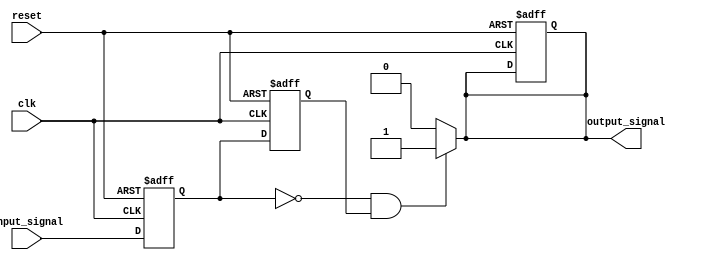
module falling_edge_detector (
    input wire clk,                // Clock signal
    input wire reset,              // Reset signal
    input wire input_signal,       // Input signal to detect falling edge
    output reg output_signal       // Output signal indicating falling edge
);

    // Internal signals for storing current and previous states
    reg current_state;             // FF1 output
    reg previous_state;            // FF2 output

    // Sequential logic to sample the input signal on the rising edge of the clock
    always @(posedge clk or posedge reset) begin
        if (reset) begin
            current_state <= 1'b0;  // Initialize current state
            previous_state <= 1'b0; // Initialize previous state
            output_signal <= 1'b0;   // Initialize output signal
        end else begin
            // Update previous state to current state
            previous_state <= current_state;
            // Sample the input signal
            current_state <= input_signal;
        end
    end

    // Combinational logic to detect falling edge
    always @(*) begin
        // Default output signal
        output_signal = 1'b0;

        // Check for falling edge condition
        if (current_state == 1'b0 && previous_state == 1'b1) begin
            output_signal = 1'b1; // Set output high for one clock cycle
        end
    end

endmodule